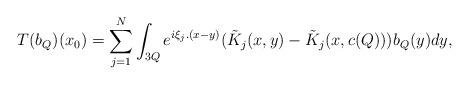
LaTeX: \begin{align*} T(b_Q)(x_0) = \sum_{j=1}^N\int_{3Q}e^{i\xi_j.(x-y)}(\tilde{K}_j(x,y)-\tilde{K}_j(x,c(Q)))b_Q(y)dy, \end{align*}